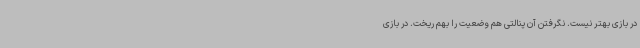
در بازی بهتر نیست. نگرفتن آن پنالتی هم وضعیت را بهم ریخت. در بازی